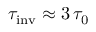
\tau _ { \mathrm { i n v } } \approx 3 \, \tau _ { 0 }